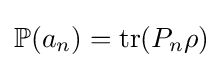
\mathbb {P} (a_{n})=\operatorname {tr} (P_{n}\rho )